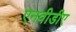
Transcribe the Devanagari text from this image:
एनवीडीए